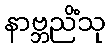
နာဗ္ဘညိံသု